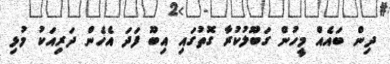
ދިން ބައެއް މީހުން ގަބޫލުކުރާ ގޮތުގައި އިބޫ ފަދަ އެހެން ދަރިއަކު މުޅި